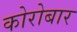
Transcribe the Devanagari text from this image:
कोरोबार